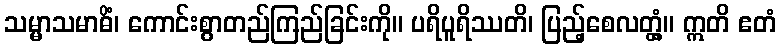
သမ္မာသမာဓိံ၊ ကောင်းစွာတည်ကြည်ခြင်းကို။ ပရိပူရိဿတိ၊ ပြည့်စေလတ္တံ့။ ဣတိ ဧတံ